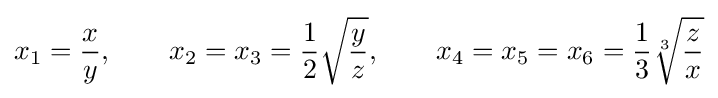
x_{1}={\frac {x}{y}},\qquad x_{2}=x_{3}={\frac {1}{2}}{\sqrt {\frac {y}{z}}},\qquad x_{4}=x_{5}=x_{6}={\frac {1}{3}}{\sqrt[{3}]{\frac {z}{x}}}